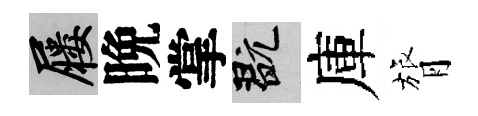
屨晩掌玩庫膂